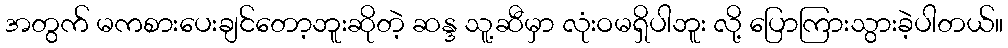
အတွက် မကစားပေးချင်တော့ဘူးဆိုတဲ့ ဆန္ဒ သူ့ဆီမှာ လုံးဝမရှိပါဘူး လို့ ပြောကြားသွားခဲ့ပါတယ်။